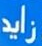
زايد